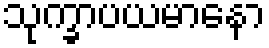
သုက္ခာပယမာနော